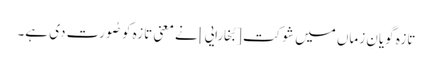
تازہ گویانِ زماں میں شوکت [بُخارایی] نے معنیِ تازہ کو صُورت دی ہے۔